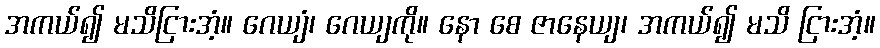
အကယ်၍ မသိငြားအံ့။ ဂေယျံ၊ ဂေယျကို။ နော စေ ဇာနေယျ၊ အကယ်၍ မသိ ငြားအံ့။